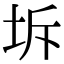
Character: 坼